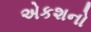
એકશનો